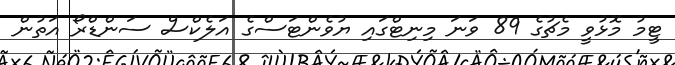
ޓީމު މޮޅުވީ މެޗުގެ 89 ވަނަ މިނިޓްގައި ޔުވެންޓަސްގެ އަލެކްސް ސަންޑްރޯ އަތުން